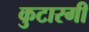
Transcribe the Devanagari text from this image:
कुटारगी